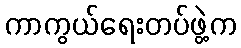
ကာကွယ်ရေးတပ်ဖွဲ့က